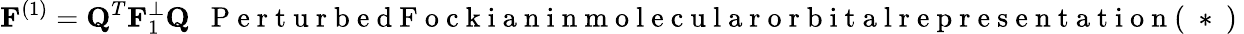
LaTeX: {\mathbf F}^{(1)}={\mathbf Q}^{T}{\mathbf F}_{1}^{\perp}{\mathbf Q}~~\mathrm{~P~e~r~t~u~r~b~e~d~F~o~c~k~i~a~n~i~n~m~o~l~e~c~u~l~a~r~o~r~b~i~t~a~l~r~e~p~r~e~s~e~n~t~a~t~i~o~n~(~*~)~}